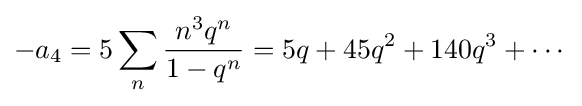
-a_{4}=5\sum _{n}{\frac {n^{3}q^{n}}{1-q^{n}}}=5q+45q^{2}+140q^{3}+\cdots